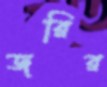
জরির